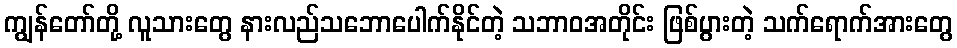
ကျွန်တော်တို့ လူသားတွေ နားလည်သဘောပေါက်နိုင်တဲ့ သဘာဝအတိုင်း ဖြစ်ပွားတဲ့ သက်ရောက်အားတွေ